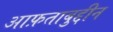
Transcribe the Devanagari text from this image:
आफ़ताबुद्दीन